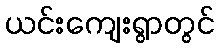
ယင်းကျေးရွာတွင်